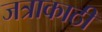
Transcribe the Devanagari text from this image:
जत्राकाठी